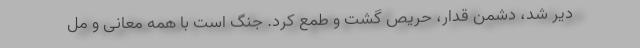
دیر شد، دشمن قدّار، حریص گشت و طمع کرد. جنگ است با همه معانی و مل